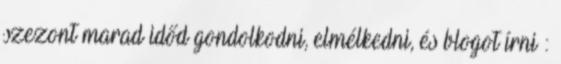
szezont marad időd gondolkodni, elmélkedni, és blogot írni :